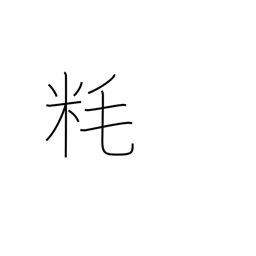
Meaning: millimeter